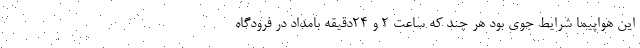
این هواپیما شرایط جوی بود هر چند که ساعت ۲ و ۲۴دقیقه بامداد در فرودگاه